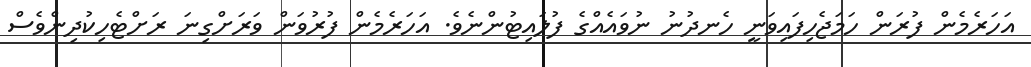
އަހަރެމެން ފުރަން ހަމަޖެހިފައިވަނީ ހެނދުނު ނުވައެއްގެ ފުލައިޓުންނެވެ. އަހަރެމެން ފުރުވަން ވަރަށްގިނަ ރަށްޓެހިކުދިންވެސް